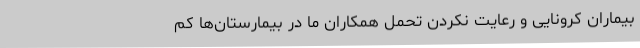
بیماران کرونایی و رعایت نکردن تحمل همکاران ما در بیمارستان‌ها کم